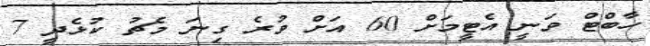
ހާބްޓް ވަނީ އެޓީމަށް 60 އަށް ވުރެ ގިނަ މެޗު ކުޅެދީ 7